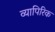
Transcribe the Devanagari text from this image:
व्यापिरिक